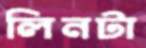
লিনটা